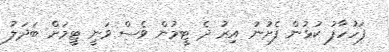
ފަހުހާފު ކުޅުން ފެށުނު އިރު ދެ ޓީމުން ވެސް ވަނީ ޓީމަށް ބަދަލު